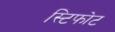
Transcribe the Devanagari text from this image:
स्टिफोट